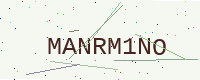
Text: MANRM1NO